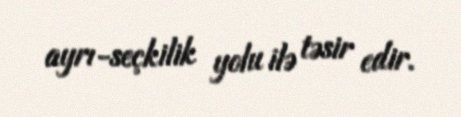
ayrı-seçkilik yolu ilə təsir edir.